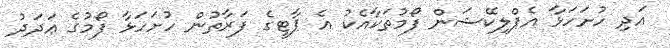
އަދި ހުށަހަޅާ އެޕްލިކޭޝަން ފޯމުތަކާއެކު އެ ޕާޓީގެ ފަރާތުން ހުށަހަޅާ ފޯމުގެ ޢަދަދު